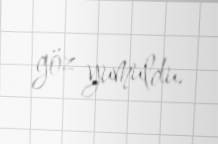
göz yumuldu.